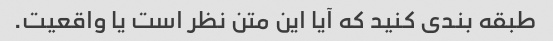
طبقه بندی کنید که آیا این متن نظر است یا واقعیت.